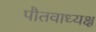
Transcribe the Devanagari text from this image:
पौतवाध्यक्ष